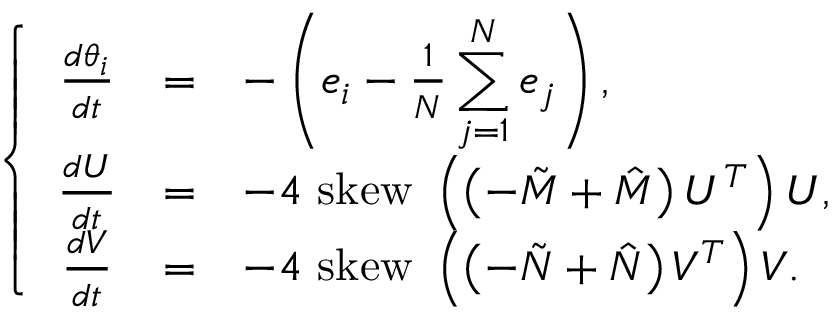
\left\{ \begin{array} { c c l } { \frac { d \theta _ { i } } { d t } } & { = } & { - \left( e _ { i } - \frac { 1 } { N } \displaystyle \sum _ { j = 1 } ^ { N } e _ { j } \right) , } \\ { \frac { d U } { d t } } & { = } & { - 4 \mathrm { ~ s k e w ~ } \left( \left( - \tilde { M } + \hat { M } \right) U ^ { T } \right) U , } \\ { \frac { d V } { d t } } & { = } & { - 4 \mathrm { ~ s k e w ~ } \left( \left( - \tilde { N } + \hat { N } \right) V ^ { T } \right) V . } \end{array} \right.